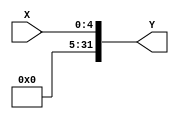
module  EXT5T32 ( X, Y);
input [4:0] X;
output [31:0] Y;
parameter z = 27'b0;
assign Y = {z, X};
endmodule